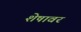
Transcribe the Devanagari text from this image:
शेषावर